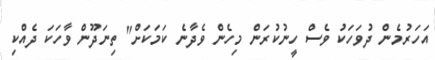
އަހަރުމެން ދުވަހަކު ވެސް ހީނުކުރަން މިހެން ވެދާނެ ކަމަކަށް" ތިނަދޫން ވާހަކަ ދެއްކި